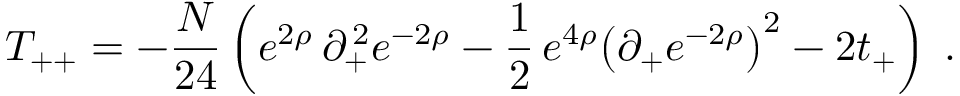
T _ { + + } = - { \frac { N } { 2 4 } } \left( e ^ { 2 \rho } \, \partial _ { + } ^ { \, 2 } e ^ { - 2 \rho } - { \frac { 1 } { 2 } } \, e ^ { 4 \rho } { \left( \partial _ { + } e ^ { - 2 \rho } \right) } ^ { 2 } - 2 t _ { + } \right) \; .